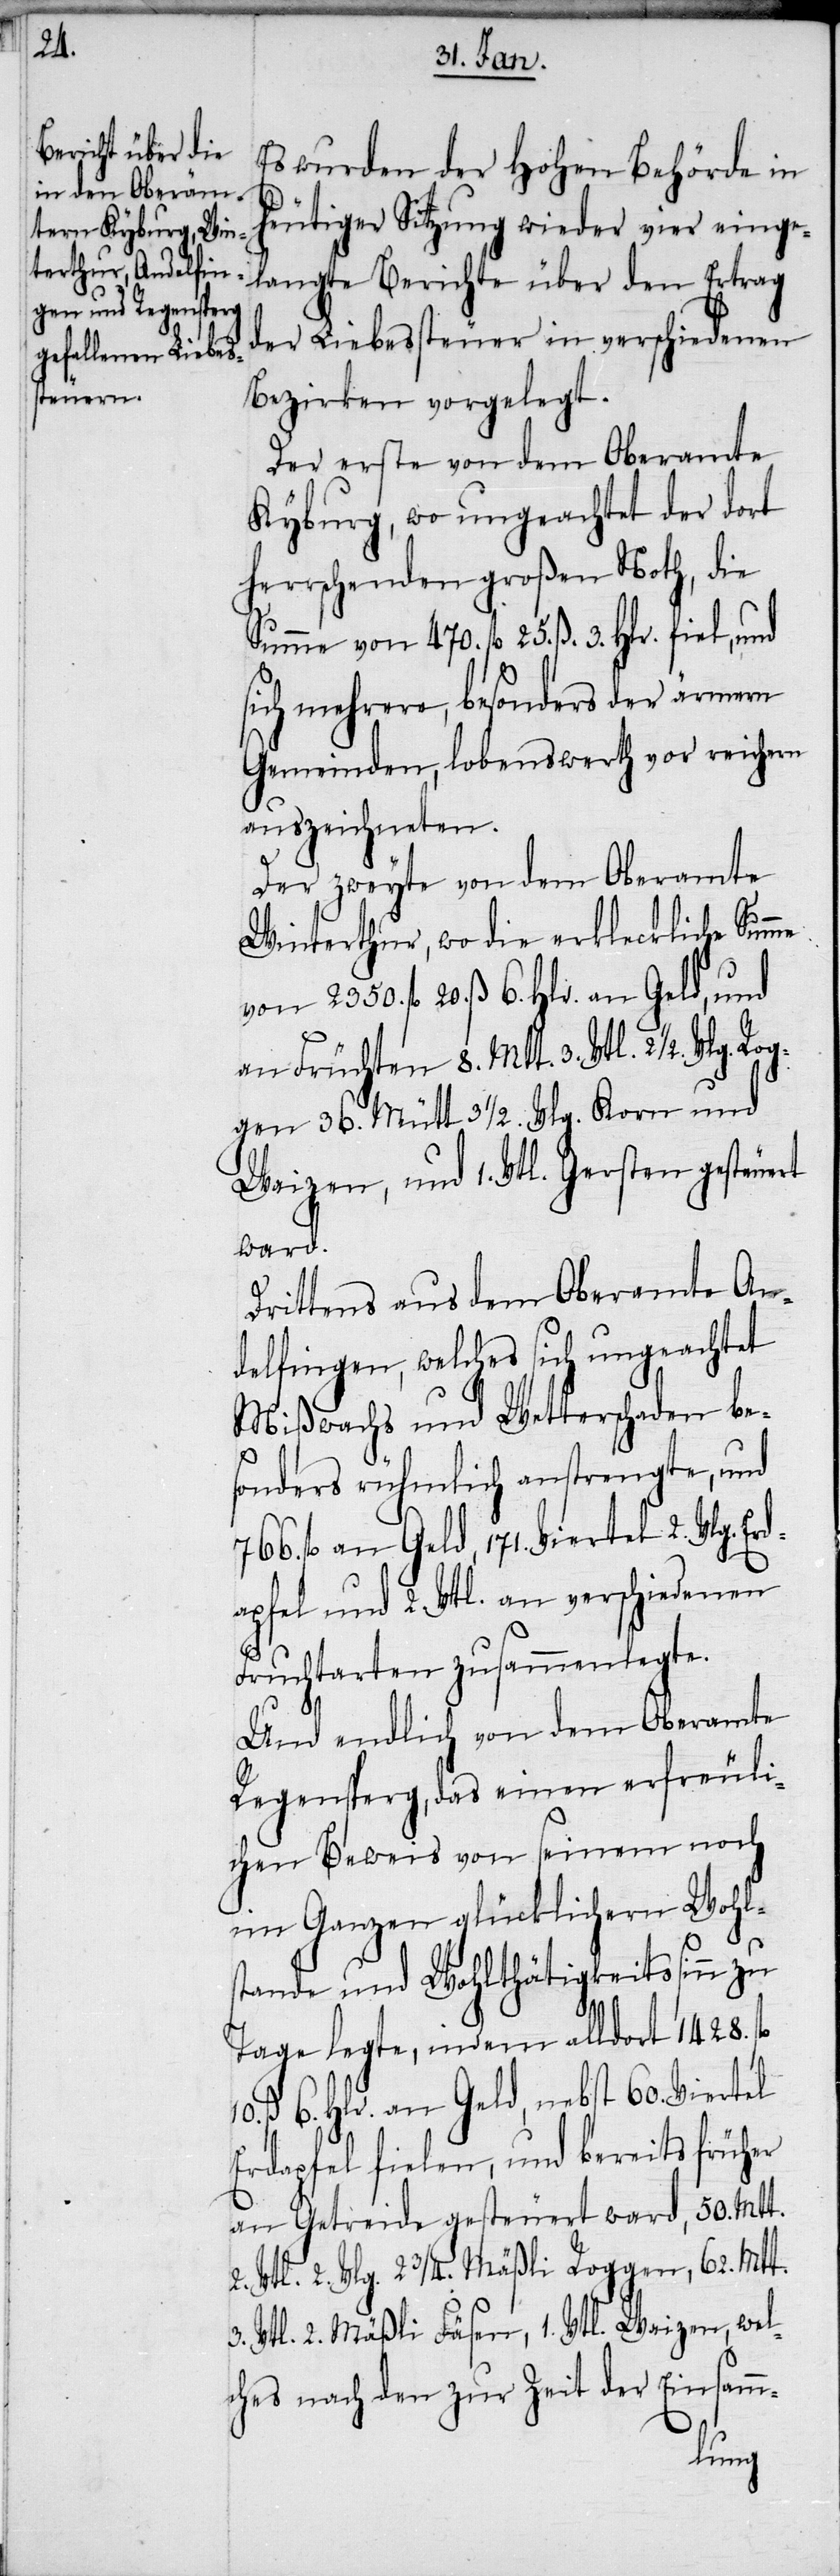
Rog¬

Es wurden der Hohen Behörde in
heutiger Sitzung wieder vier einge¬
langte Berichte über den Ertrag
der Liebessteuer in verschiedenen
Bezirken vorgelegt.
Der erste von dem Oberamte
Kyburg, wo ungeachtet der dort
herrschenden großen Noth, die
Summe von 470. fl 25. ß. 3. Hlr. fiel, und
sich mehrere, besonders der ärmern
Gemeinden, lobenswerth vor reichern
auszeichneten.
Der zweyte von dem Oberamte
Winterthur, wo die erkleckliche Sum¬
von 2350. fl 20. ß 6. Hlr. an Geld, und
an Früchten 8. Mtt. 3. Vtl. 2 ½. Vlg.
gen 36. Mütt 3 ½ Vlg. Korn und
Waizen, und 1. Vtl. Gersten gesteuert
ward.
Drittens aus dem Oberamte An¬
delfingen, welches sich ungeachtet
Mißwachs und Wetterschaden be¬
sonders rühmlich anstrengte, und
766. fl an Geld, 171. Viertel 2. Vlg. Er¬
dapfel und 2. Vtl. an verschiedenen
Fruchtarten zusammenlegte.
Und endlich von dem Oberamte
Regensperg, das einen erfreuli¬
chen Beweis von seinem noch
im Ganzen glücklichern Wohls¬
tande und Wohlthätigkeitssinn zu
Tage legte, indem alldort 1428. fl
10. ß 6. Hlr. an Geld, nebst 60. Viertel
an Getreide gesteuert ward, 50. Mtt.
2. Vtl. 2. Vlt. 2 3/4 Mäßli Roggen, 62. Mtt.
3. Vtl. 2. Mäßli Fäsen, 1. Vtl. Waizen, wel¬
ches nach den zur Zeit der Einsamm-